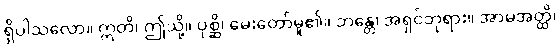
ရှိပါသလော။ ဣတိ၊ ဤသို့။ ပုစ္ဆိ၊ မေးတော်မူ၏။ ဘန္တေ၊ အရှင်ဘုရား။ အာမအတ္ထိ၊